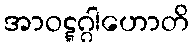
အာဝဋ္ဋဂ္ဂါဟောတိ